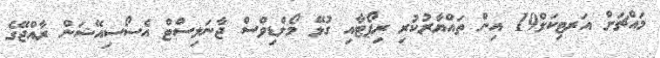
މައްޗަށް އަރޓިކަލް19 އިން ތައްޔާރުކުރި ރިޕޯޓާއި ގުޅޭ މޯލްޑިވްސް ޖާނަލިސްޓް އެސޯސިއޭޝަން ރާއްޖޭގެ